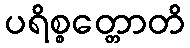
ပရိစ္စတ္တောတိ